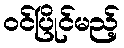
ဝင်ပြိုင်မည့်